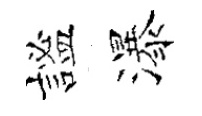
謐瀑